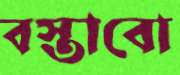
বস্তাবো